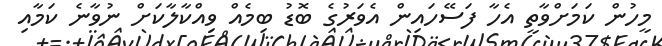
މީހުން ކަމަށްވާތީ އެހާ ފަސޭހައިން އެވަރުގެ ބޮޑު ބިމެއް ވިއްކާލާކަށް ނުވާނެ ކަމާއި